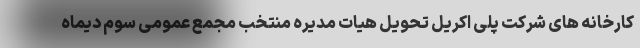
کارخانه های شرکت پلی اکریل تحویل هیات مدیره منتخب مجمع عمومی سوم دیماه